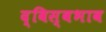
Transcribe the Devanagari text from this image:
द्विस्‍वभाव